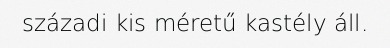
századi kis méretű kastély áll.